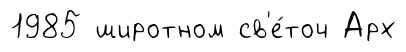
1985 широтном св'е́точ Арх